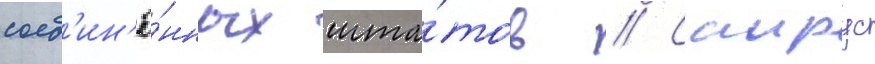
соед'ин'ё́нных шта́тов // Саирус